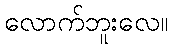
လောက်ဘူးလေ။